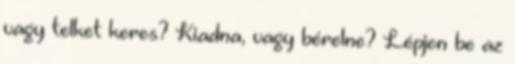
vagy telket keres? Kiadna, vagy bérelne? Lépjen be az